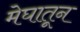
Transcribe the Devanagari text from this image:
मेघातून